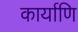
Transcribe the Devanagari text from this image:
कार्याणि